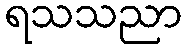
ရသသညာ